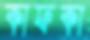
কাফকা